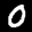
Label: 0